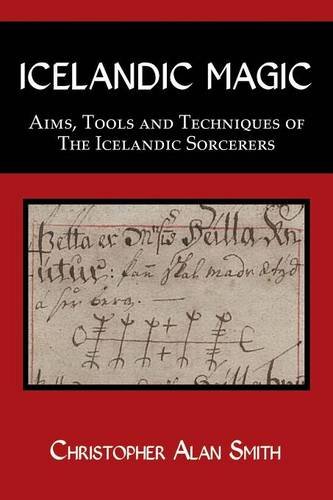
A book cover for Icelandic Magic - Aims, Tools and Techniques of the Icelandic Sorcerers; Christopher Alan Smith; Religion & Spirituality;